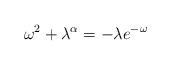
LaTeX: \begin{align*} \omega^2 + \lambda^\alpha = - \lambda e^{- \omega} \end{align*}